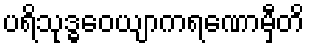
ပရိသုဒ္ဓဝေယျာကရဏောမှီတိ